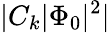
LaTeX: |C_{k}|\Phi_{0}|^{2}|